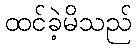
ထင်ခဲ့မိသည်